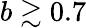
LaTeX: b\gtrsim 0.7